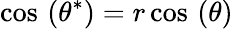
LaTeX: \cos\, \left(\theta^{*}\right)=r\cos\, \left(\theta\right)